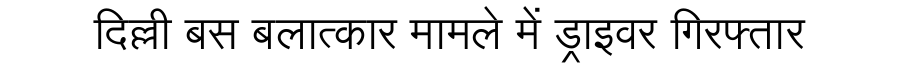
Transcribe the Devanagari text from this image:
दिल्ली बस बलात्कार मामले में ड्राइवर गिरफ्तार